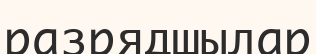
разрядшылар